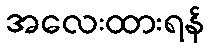
အလေးထားရန်